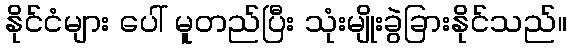
နိုင်ငံများ ပေါ် မူတည်ပြီး သုံးမျိုးခွဲခြားနိုင်သည်။